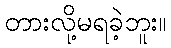
တားလို့မရခဲ့ဘူး။